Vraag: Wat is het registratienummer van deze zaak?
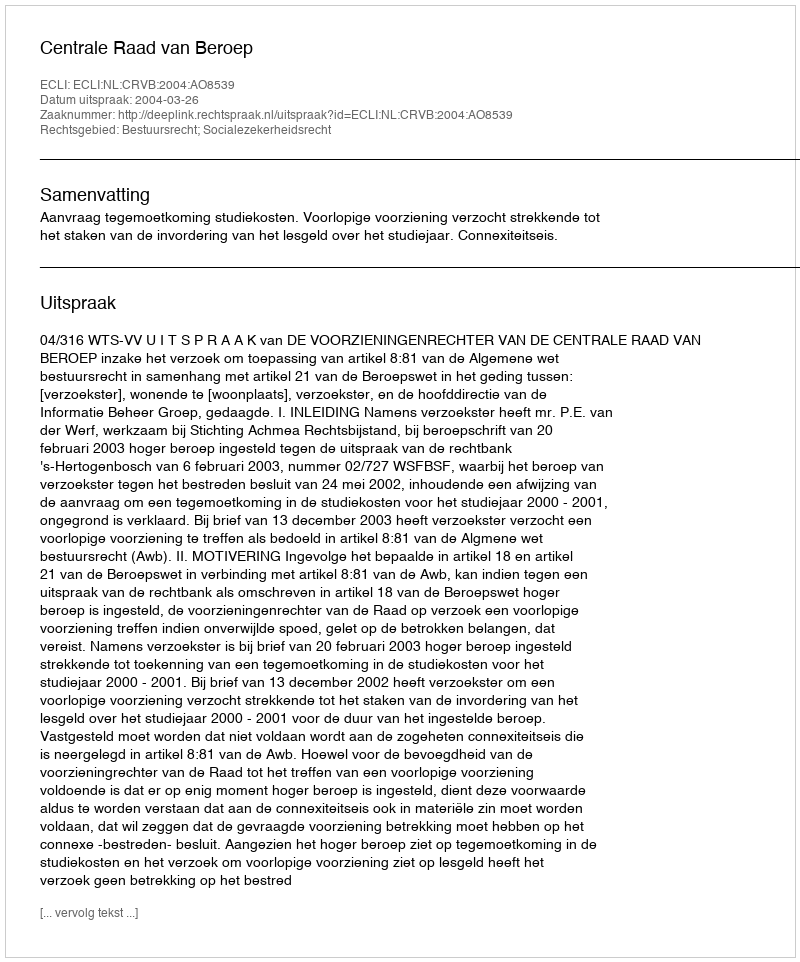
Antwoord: http://deeplink.rechtspraak.nl/uitspraak?id=ECLI:NL:CRVB:2004:AO8539